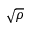
\sqrt { \rho }